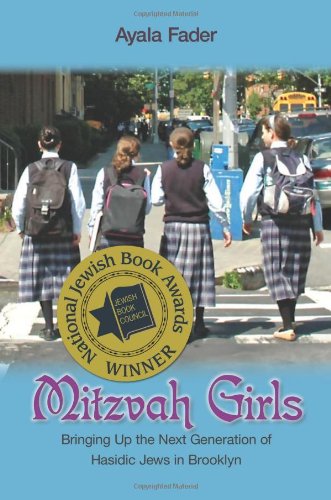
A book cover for Mitzvah Girls: Bringing Up the Next Generation of Hasidic Jews in Brooklyn; Ayala Fader; Religion & Spirituality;